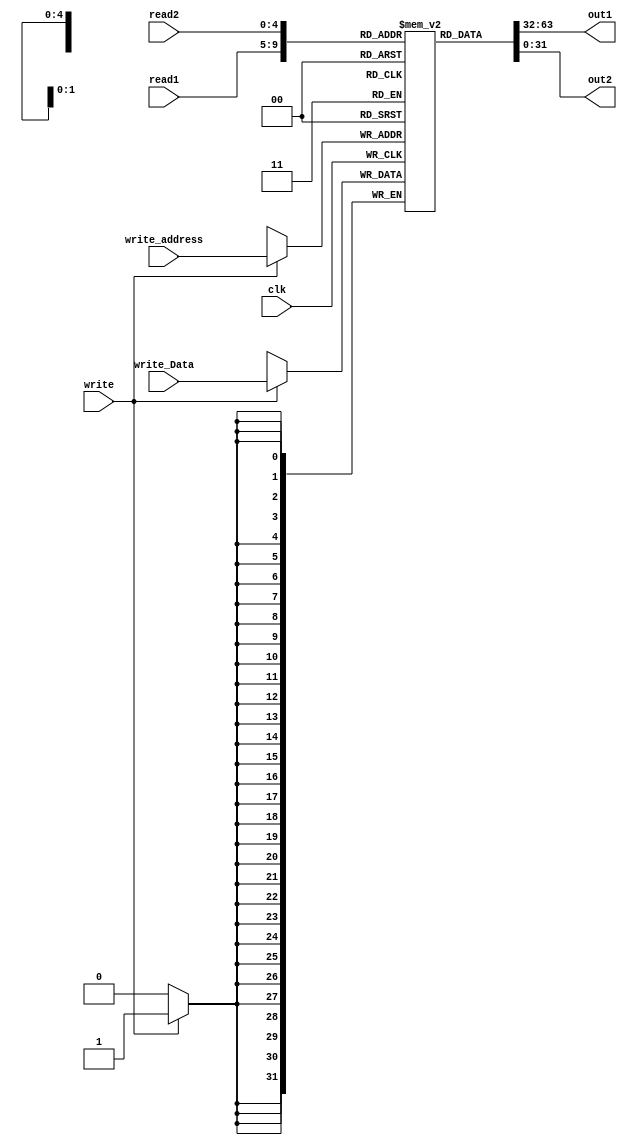
    //clock signal, read 1, read 2,  read out1, read out2
    //write address, write data, write control
module register(clk, read1, read2, out1, out2, write_address, write_Data, write);
    input clk, write;
    input [4:0] read1, read2, write_address;
    input [31:0] write_Data;
    output [31:0] out1, out2;

    reg [31:0] regs [0:31];
    integer i;

    //initialize to 0
    initial begin
      for(i=0; i<32; i=i+1)
        regs[i] = 32'b0;
    end

    //always read
    assign out1 = regs[read1];
    assign out2 = regs[read2];
    
    always @ (negedge clk) begin
        if (write == 1)
            regs[write_address] <= write_Data;
    end

endmodule